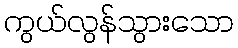
ကွယ်လွန်သွားသော